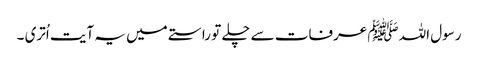
رسول اللہ ﷺ عرفات سے چلے تو راستے میں یہ آیت اُتری ۔